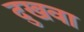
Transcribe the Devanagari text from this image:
दुखवा